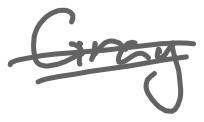
Text: Gray
Cross-out: double-line
Writing tool: digital_gray